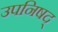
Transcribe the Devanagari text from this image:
उपनिषद्